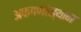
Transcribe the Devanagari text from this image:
अफगणीस्थान